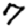
Digit: 7